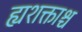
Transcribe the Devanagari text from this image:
ह्यशक्ताश्च